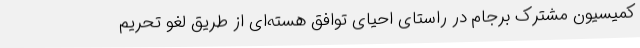
کمیسیون مشترک برجام در راستای احیای توافق هسته‌ای از طریق لغو تحریم